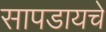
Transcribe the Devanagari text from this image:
सापडायचे